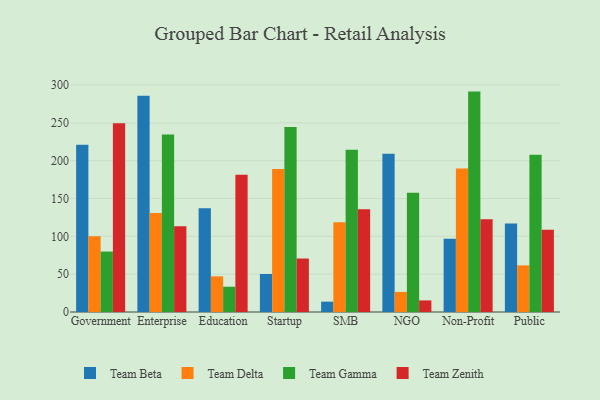
{"axis": {"x": "Segment", "y": "Conversion Rate (%)"}, "legend": ["Team Beta", "Team Delta", "Team Gamma", "Team Zenith"], "data": [{"x": "Government", "y": 221.2, "type": "Team Beta"}, {"x": "Government", "y": 100.0, "type": "Team Delta"}, {"x": "Government", "y": 79.9, "type": "Team Gamma"}, {"x": "Government", "y": 249.6, "type": "Team Zenith"}, {"x": "Enterprise", "y": 285.8, "type": "Team Beta"}, {"x": "Enterprise", "y": 130.8, "type": "Team Delta"}, {"x": "Enterprise", "y": 234.7, "type": "Team Gamma"}, {"x": "Enterprise", "y": 113.4, "type": "Team Zenith"}, {"x": "Education", "y": 137.1, "type": "Team Beta"}, {"x": "Education", "y": 47.1, "type": "Team Delta"}, {"x": "Education", "y": 33.4, "type": "Team Gamma"}, {"x": "Education", "y": 181.3, "type": "Team Zenith"}, {"x": "Startup", "y": 50.2, "type": "Team Beta"}, {"x": "Startup", "y": 189.1, "type": "Team Delta"}, {"x": "Startup", "y": 244.5, "type": "Team Gamma"}, {"x": "Startup", "y": 70.7, "type": "Team Zenith"}, {"x": "SMB", "y": 13.7, "type": "Team Beta"}, {"x": "SMB", "y": 118.6, "type": "Team Delta"}, {"x": "SMB", "y": 214.4, "type": "Team Gamma"}, {"x": "SMB", "y": 135.9, "type": "Team Zenith"}, {"x": "NGO", "y": 209.3, "type": "Team Beta"}, {"x": "NGO", "y": 26.5, "type": "Team Delta"}, {"x": "NGO", "y": 157.6, "type": "Team Gamma"}, {"x": "NGO", "y": 15.3, "type": "Team Zenith"}, {"x": "Non-Profit", "y": 96.8, "type": "Team Beta"}, {"x": "Non-Profit", "y": 189.8, "type": "Team Delta"}, {"x": "Non-Profit", "y": 291.3, "type": "Team Gamma"}, {"x": "Non-Profit", "y": 122.7, "type": "Team Zenith"}, {"x": "Public", "y": 117.1, "type": "Team Beta"}, {"x": "Public", "y": 61.6, "type": "Team Delta"}, {"x": "Public", "y": 207.9, "type": "Team Gamma"}, {"x": "Public", "y": 108.8, "type": "Team Zenith"}]}